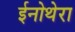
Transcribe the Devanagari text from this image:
ईनोथेरा